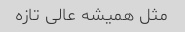
مثل همیشه عالی تازه